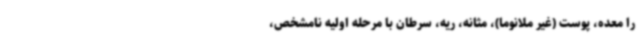
را معده، پوست (غیر ملانوما)، مثانه، ریه، سرطان با مرحله اولیه نامشخص،